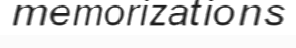
memorizations